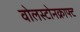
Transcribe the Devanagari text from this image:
वोलस्टोनक्राफ्ट